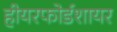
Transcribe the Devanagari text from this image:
हीयरफोर्डशायर